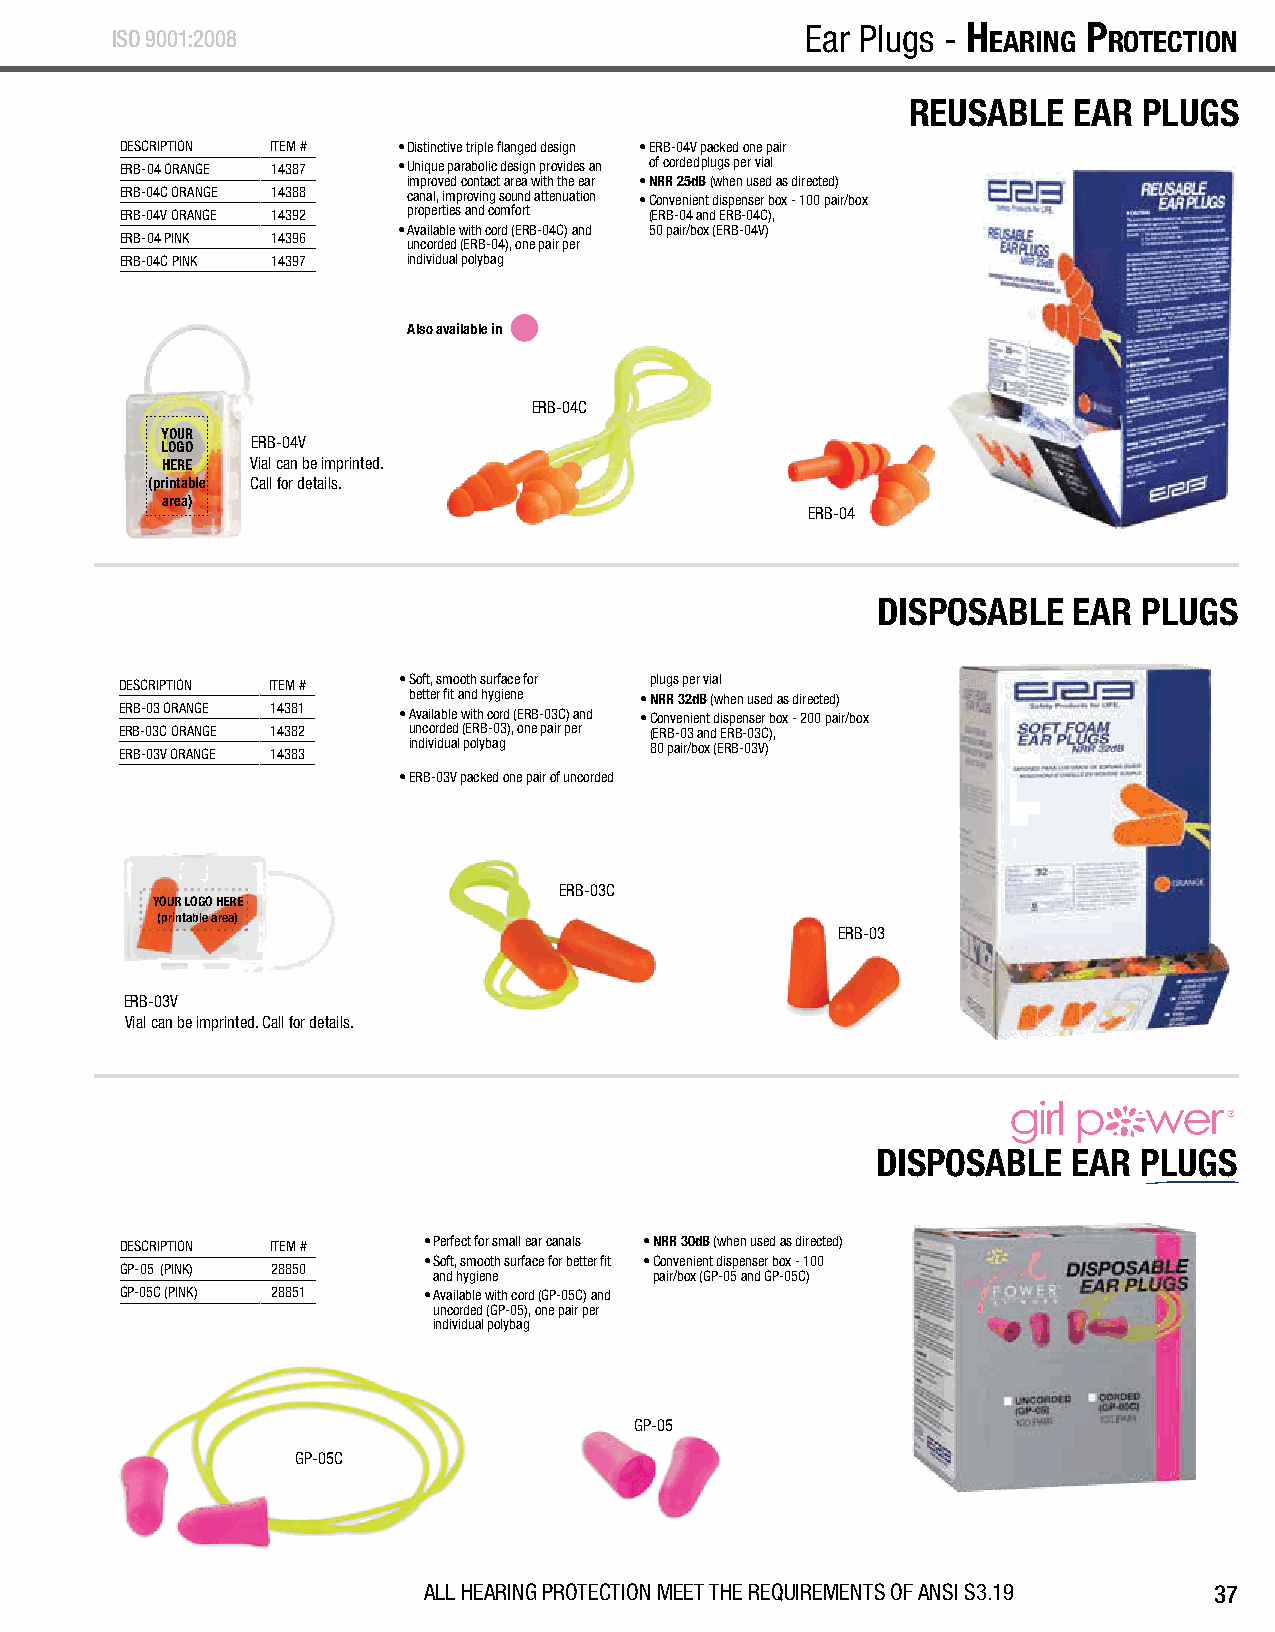
H EarinG P rotEction - Ear Plugs ISO9001:2008        Ear Plugs - H EarinG P rotEction
 REUSABLE   EAR  PLUGS
 DESCRIPTION ITEM # • Distinctive triple flanged design • ERB-04V packed one pair
 ERB-04 ORANGE 14387 • Unique parabolic design provides an of corded plugs per vial
 improved contact area with the ear • NRR 25dB (when used as directed)
 ERB-04C ORANGE 14388 canal, improving sound attenuation • Convenient dispenser box - 100 pair/box
 ERB-04V ORANGE 14392 properties and comfort (ERB-04 and ERB-04C),
 • Available with cord (ERB-04C) and 50 pair/box (ERB-04V)
 ERB-04 PINK 14396  uncorded (ERB-04), one pair per
 ERB-04C PINK 14397 individual polybag
 Also available in
 ERB-04C
 YOUR
 LOGO  ERB-04V
 HERE  Vial can be imprinted.
 (printable Call for details.
 area)
 ERB-04
 DISPOSABLE   EAR  PLUGS
 DESCRIPTION ITEM # • Soft, smooth surface for plugs per vial
 better fit and hygiene • NRR 32dB (when used as directed)
 ERB-03 ORANGE 14381 • Available with cord (ERB-03C) and • Convenient dispenser box - 200 pair/box
 ERB-03C ORANGE 14382 uncorded (ERB-03), one pair per (ERB-03 and ERB-03C),
 individual polybag 80 pair/box (ERB-03V)
 ERB-03V ORANGE 14383
 • ERB-03V packed one pair of uncorded
 ERB-03C
 YOUR LOGO HERE
 (printable area)
 ERB-03
 ERB-03V
 Vial can be imprinted. Call for details.
 DISPOSABLE   EAR PLUGS
 DESCRIPTION ITEM #  • Perfect for small ear canals • NRR 30dB (when used as directed)
 • Soft, smooth surface for better fit • Convenient dispenser box - 100
 GP-05 (PINK) 28850   and hygiene   pair/box (GP-05 and GP-05C)
 GP-05C (PINK) 28851 • Available with cord (GP-05C) and
 uncorded (GP-05), one pair per
 individual polybag
 GP-05
 GP-05C
 ALL HEARING PROTECTION MEET THE REQUIREMENTS OF ANSI S3.19 37